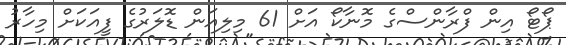
ޕޯޓޯ އިން ފްރާންސްގެ މޮނާކޯ އަށް 61 މިލިއަން ޑޮލަރުގެ ފީއަކަށް މިހާރު